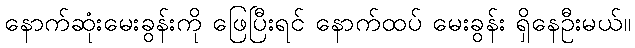
နောက်ဆုံးမေးခွန်းကို ဖြေပြီးရင် နောက်ထပ် မေးခွန်း ရှိနေဦးမယ်။